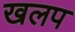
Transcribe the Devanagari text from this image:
खलप